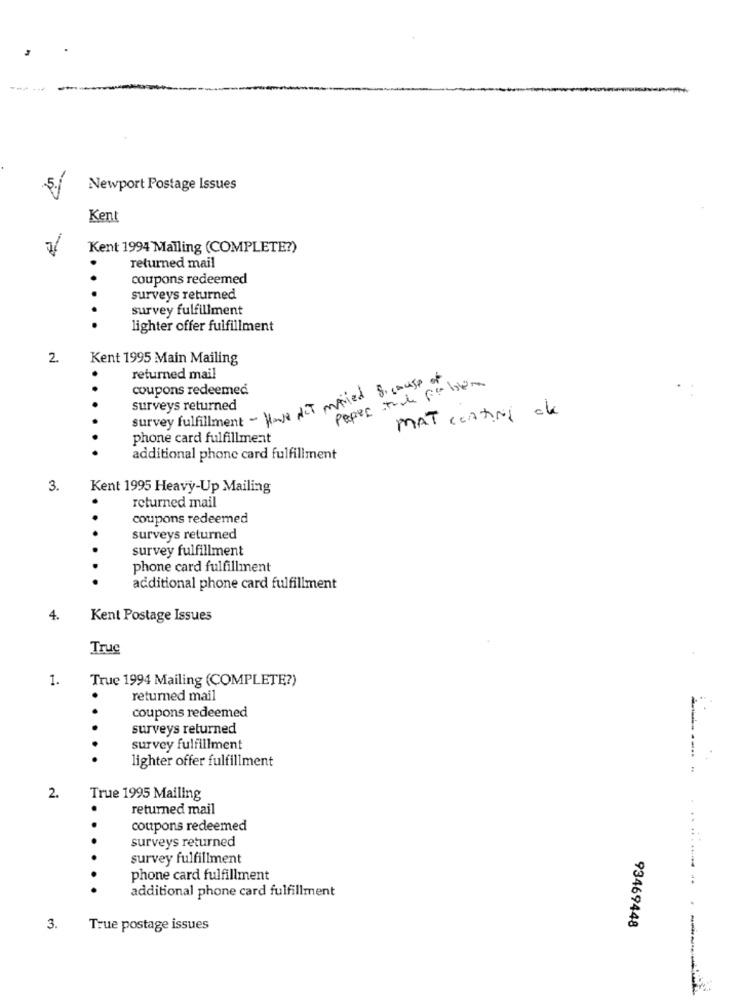
Newport Postage Issues
Kent
Kent 1994 Mailing (COMPLETE?)
returned mail
coupons redeemed
surveys returned
survey fulfillment
lighter offer fulfillment
2.
Kent 1995 Main Mailing
returned mail
Paper the problem
survey fulfillment - Have Act maried & cause of
coupons redeemed
surveys returned
MAT CCATINi de
phone card fulfillment
additional phone card fulfillment
3.
Kent 1995 Heavy-Up Mailing
returned mail
coupons redeemed
surveys returned
survey fulfillment
phone card fulfillment
additional phone card fulfillment
4.
Kent Postage Issues
True
1.
True 1994 Mailing (COMPLETE?)
returned mail
. .
coupons redeemed
surveys returned
survey fulfillment
lighter offer fulfillment
2.
True 1995 Mailing
returned mail
coupons redeemed
surveys returned
survey fulfillment
phone card fulfillment
additional phone card fulfillment
3.
True postage issues
93469448